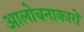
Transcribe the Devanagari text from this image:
आलोचनाकारों